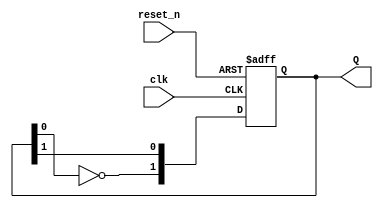
module dual_stage_johnson_counter (
    input wire clk,          // Clock signal
    input wire reset_n,      // Active low reset signal
    output reg [1:0] Q       // 2-bit output representing the counter state
);

    // Initialize the counter state
    initial begin
        Q = 2'b00; // Initial state
    end

    // State transition on clock edge
    always @(posedge clk or negedge reset_n) begin
        if (!reset_n) begin
            Q <= 2'b00; // Reset counter to initial state
        end else begin
            Q[0] <= Q[1];             // Q1 takes the value of Q2
            Q[1] <= ~Q[0];            // Q2 takes the inverted value of Q1
        end
    end

endmodule